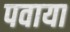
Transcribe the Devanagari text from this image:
पवाया